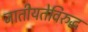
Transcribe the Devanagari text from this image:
जातीयतेविरुद्ध